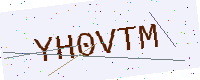
Text: YH0VTM